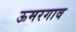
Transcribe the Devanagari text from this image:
ऊमरगाव